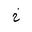
Letter: _kha